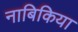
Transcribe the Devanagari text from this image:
नाबिकिया